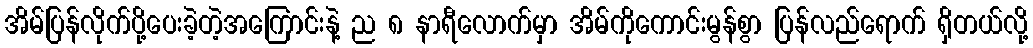
အိမ်ပြန်လိုက်ပို့ပေးခဲ့တဲ့အကြောင်းနဲ့ ည ၈ နာရီလောက်မှာ အိမ်ကိုကောင်းမွန်စွာ ပြန်လည်ရောက် ရှိတယ်လို့